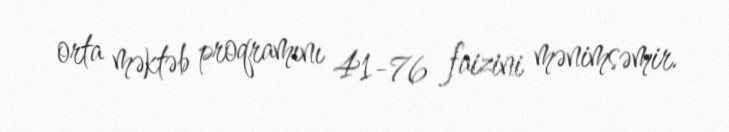
orta məktəb proqramını 41-76 faizini mənimsəmir.